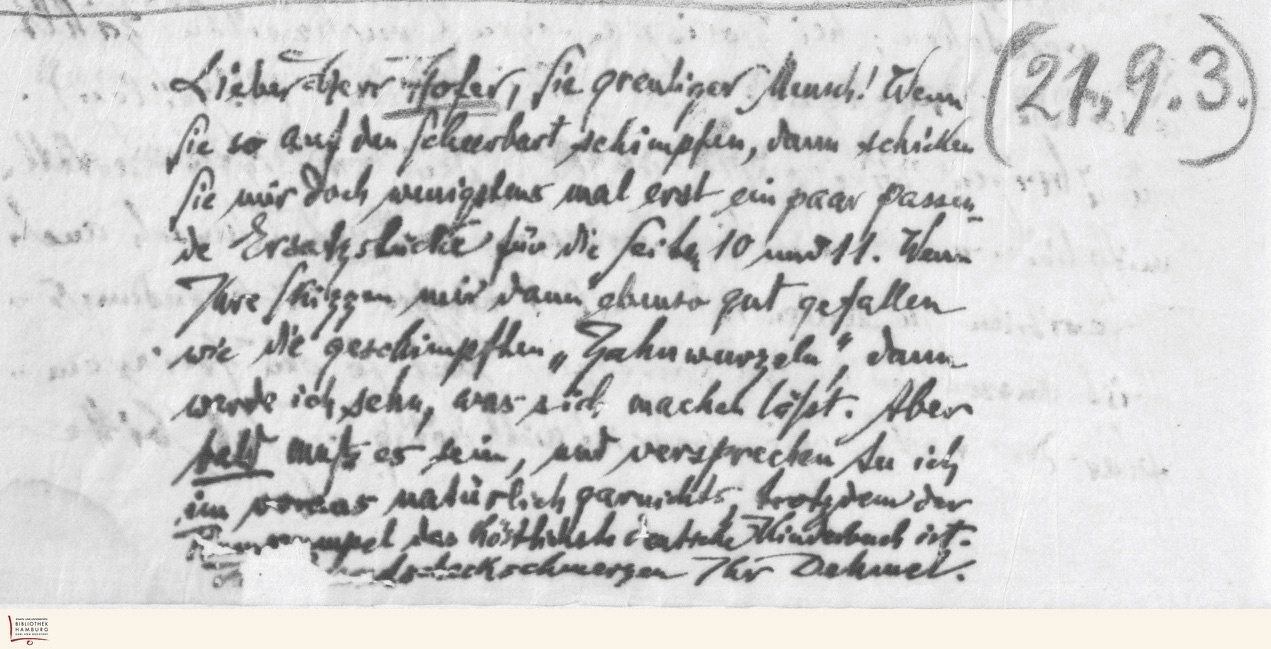
Lieber Herr Hofer, Sie greuliger Mensch! Wenn
Sie so auf den Scheerbart schimpfen, dann schicken
Sie mir doch wenigstens mal erst ein paar passen-
de Ersatzstücke für die Seiten 10 und 11. Wenn
Ihre Skizzen mir dann ebenso gut gefallen
wie die geschimpften "Zahnwurzeln", dann
werde ich sehn, was sich machen läßt. Aber
bald muß es sein, und versprechen tu ich
im voraus natürlich garnichts, trotzdem der
 das köstlichste deutsche Kinderbuch ist.
 Ihr Dehmel.

(21.9.3.)